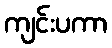
ကျင်းပကာ